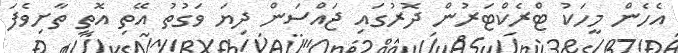
އެހެން މީހަކު ޓްރެކްޓަރުން ދޮރުގައި ޖައްސަން ދިޔަ ވަގުތު އޭތި އޮތީ ތާށިވެފަ